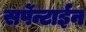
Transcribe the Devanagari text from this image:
सर्पेन्टाईन